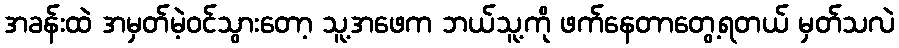
အခန်းထဲ အမှတ်မဲ့ဝင်သွားတော့ သူ့အဖေက ဘယ်သူ့ကို ဖက်နေတာတွေ့ရတယ် မှတ်သလဲ